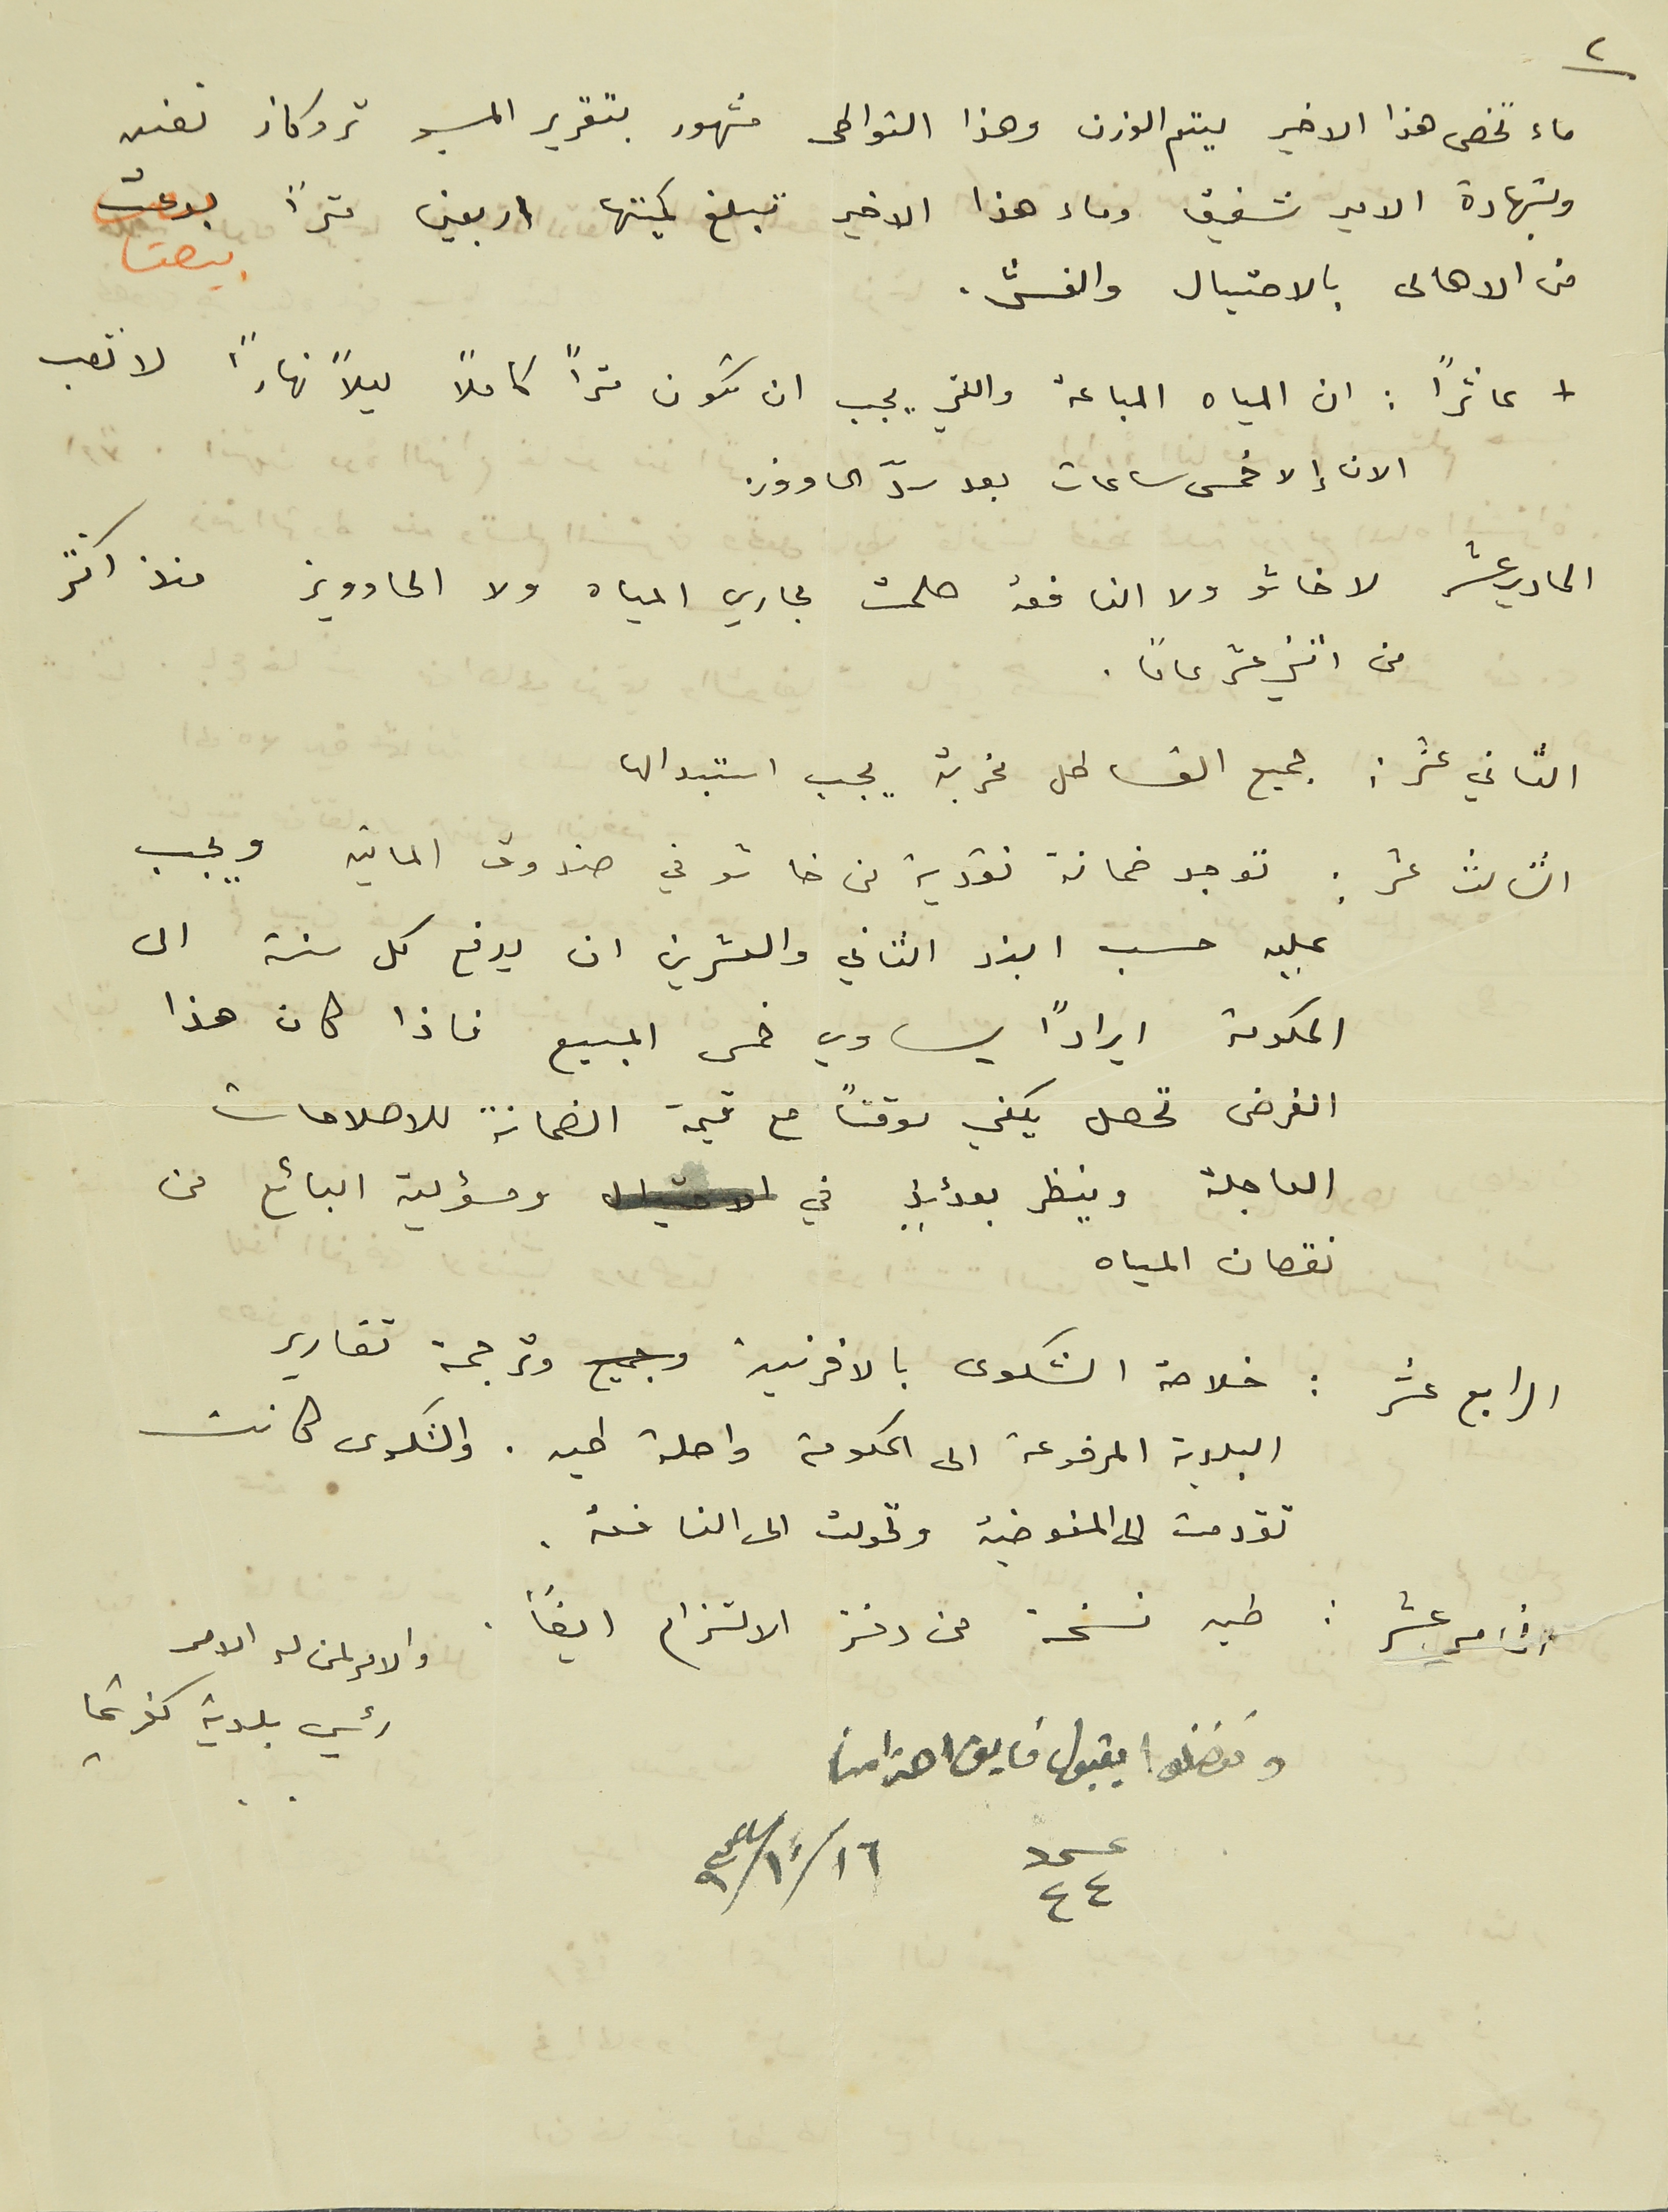
٢
 ماء تخص هذا الاخير ليتم الوزن وهذا التواطى مشهور بتقرير المسيو تروكاز نفسه
وبشهادة الامير شفيق وماء هذا الاخير تبلغ كميتها اربعين مترًا بيعت
من الاهالى بالاحتيال والغش .
+ عاشرًا : ان المياه المباعة واللتي يجب ان تكون متراً كاملاً ليلاً نهاراً لا تصب
الان إلا خمس ساعات بعد سدّ الحاووز
الحادي عشر لا خاشو ولا النافعة صلحت مجاري المياه ولا الحاوويز منذ اكثر
 من اثني عشر عامًا.

الثاني عشر : جميع القساطل مخربة يجب استبدالها
الثالث عشر : توجد ضمانة نقدية من خاشو في صندوق المالية ويجب
عليه حسب البند الثاني والعشرين ان يدفع كل سنة الى
الحكومة ايرادًا يساوي خمس المبيع فاذا كان هذا
 الفرض تحصل يكفي موقتاً مع قيمة الضمانة للاصلاحات.
العاجلة وينظر بعدئذٍ في ومسؤلية البائع من
نقصان المياه
الرابع عشر : خلاصة الشكوى بالافرنسية وترجمة تقارير
 البلدية المرفوعة الى الحكومة واصلة طيه. والشكوى كانت
تقدمت الى المفوضية وتحولت الى النافعة.
الخامس عشر : طيه نسخة من دفتر الالتزام ايضًا.
وتفضلوا بقبول فايق احترامنا
عدد ٤٤ ١٠/١٦ / ٩٣٤
والامر لمن له الامر
رئيس بلدية كفرشيما